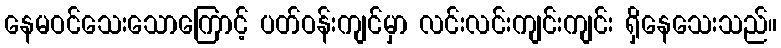
နေမဝင်သေးသောကြောင့် ပတ်ဝန်းကျင်မှာ လင်းလင်းကျင်းကျင်း ရှိနေသေးသည်။